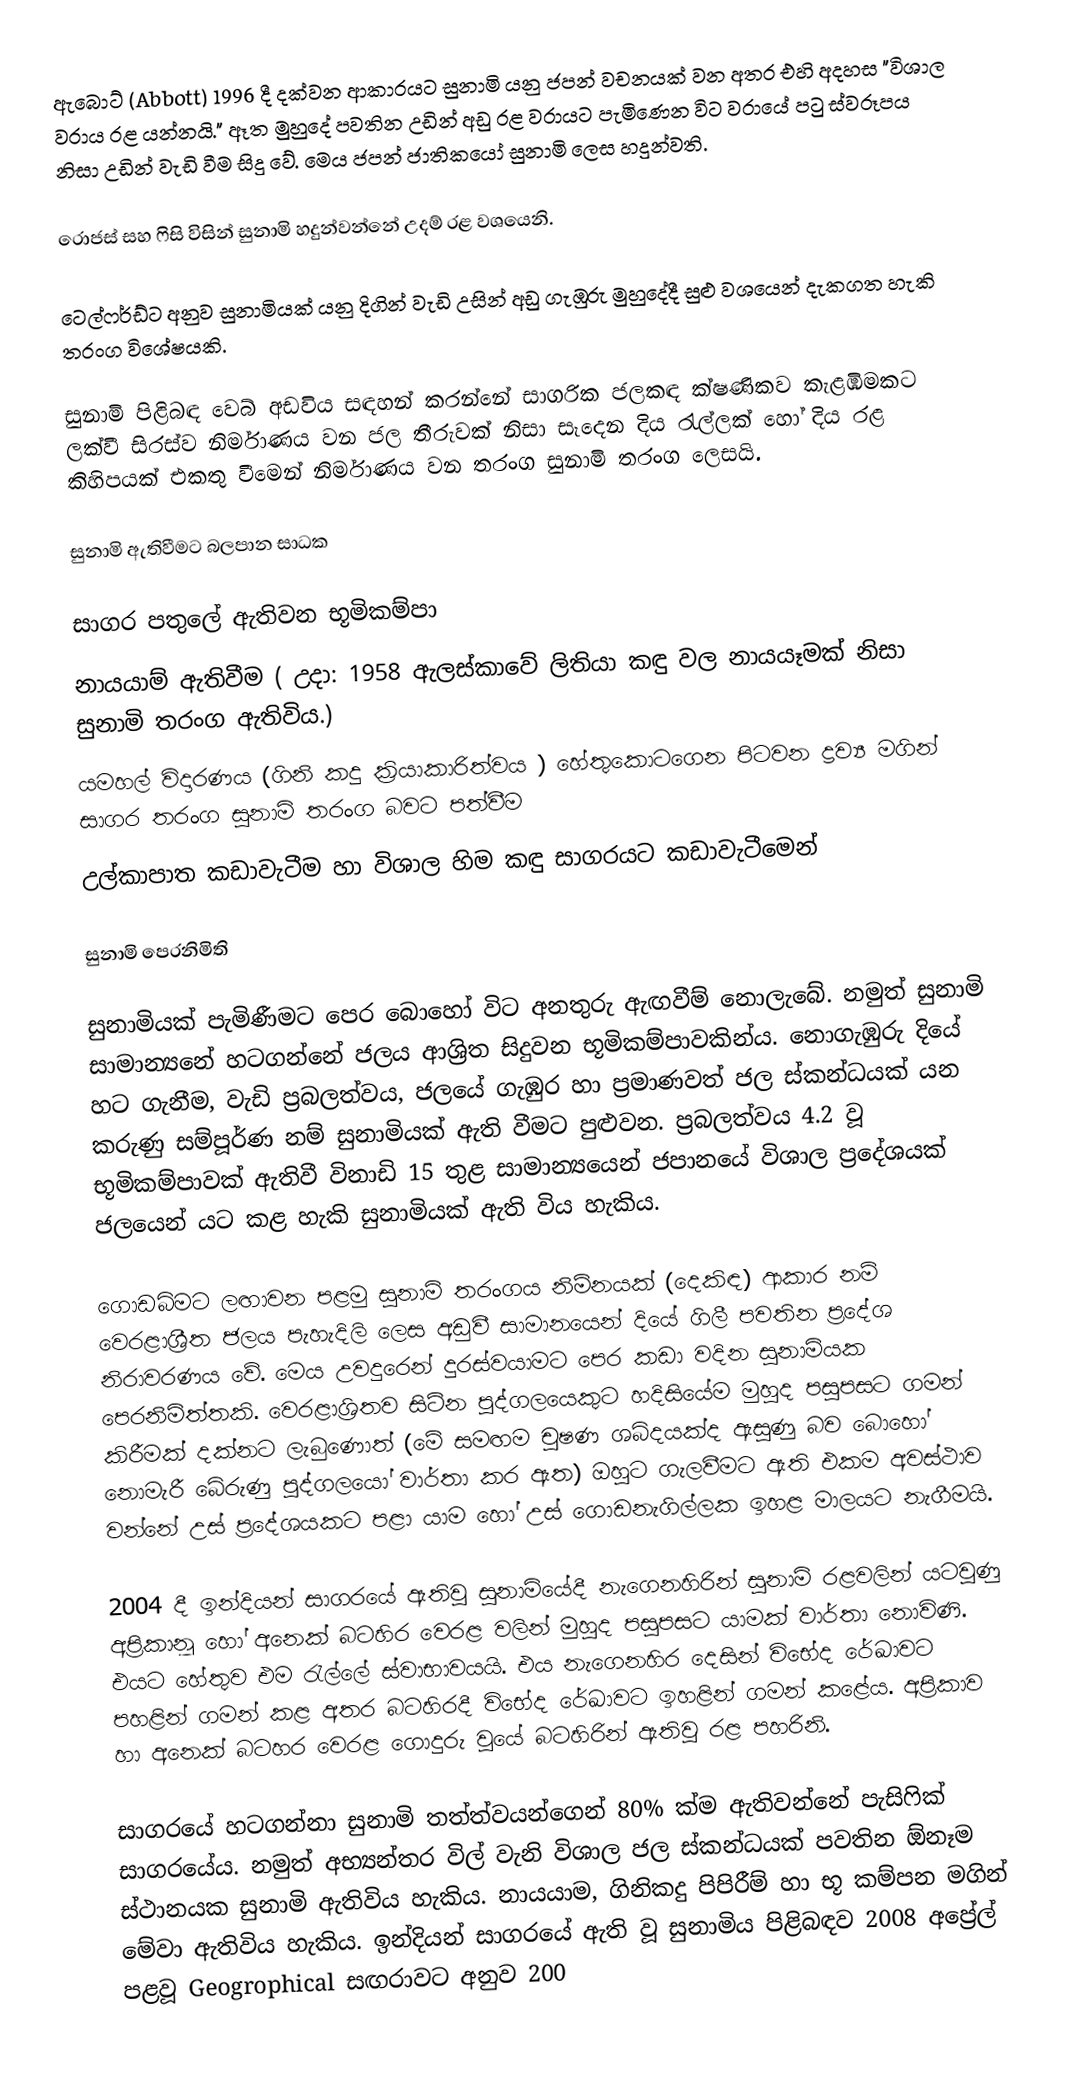
ඇබොට් (Abbott) 1996 දී දක්වන ආකාරයට සුනාමි යනු ජපන් වචනයක් වන අතර එහි අදහස "විශාල වරාය රළ යන්නයි." ඈත මුහුදේ පවතින උඩින් අඩු රළ වරායට පැමි‍ණෙන විට වරායේ පටු ස්වරූපය නිසා උඩින් වැඩි වීම සිදු වේ. මෙය ජපන් ජාතිකයෝ සුනාමි ලෙස හදුන්වති.

 රොජස් සහ ෆිසි විසින් සුනාමි හදුන්වන්නේ උදම් රළ වශයෙනි.

 ටෙල්ෆර්ඩ්ට අනුව සුනාමියක් යනු දිගින් වැඩි උසින් අඩු ගැඹුරු මුහුදේදී සුළු වශයෙන් දැකගත හැකි තරංග විශේෂයකි.

සුනාමි පිළිබඳ වෙබ් අඩවිය සඳහන් කරන්නේ සාගරික ජලකඳ ක්ෂණිකව කැළඹීමකට ලක්වී සිරස්ව නිර්මාණය වන ජල තීරුවක් නිසා සෑදෙන දිය රැල්ලක් හෝ දිය රළ කිහිපයක් එකතු වීමෙන් නිර්මාණය වන තරංග සුනාමි තරංග ලෙසයි.

සුනාමි ඇතිවීමට බලපාන සාධක

 සාගර පතුලේ ඇතිවන භූමිකම්පා
 නායයාම් ඇතිවීම ( උදා: 1958 ඇලස්කාවේ ලිතියා කඳු වල නායයෑමක් නිසා සුනාමි තරංග ඇතිවිය.)
 යමහල් විදාරණය (ගිනි කදු ක්‍රියාකාරිත්වය ) හේතු‍කොටගෙන පිටවන ද්‍රව්‍ය මගින් සාගර තරංග සුනාමි තරංග බවට පත්වීම
 උල්කාපාත කඩාවැටීම හා විශාල හිම කඳු සාගරයට කඩාවැටීමෙන්

සුනාමි පෙරනිමිති

සුනාමියක් පැමිණීමට පෙර බොහෝ විට අනතුරු ඇඟවීම් නොලැබේ. නමුත් සුනාමි සාමාන්‍යනේ හටගන්නේ ජලය ආශ්‍රිත සිදුවන භූමිකම්පාවකින්ය. නොගැඹුරු දියේ හට ගැනීම, වැඩි ප්‍රබලත්වය, ජලයේ ගැඹුර හා ප්‍රමාණවත් ජල ස්කන්ධයක් යන කරුණු සම්පූර්ණ නම් සුනාමියක් ඇති වීමට පුළුවන. ප්‍රබලත්වය 4.2 වූ භූමිකම්පාවක් ඇතිවී විනාඩි 15 තුළ සාමාන්‍යයෙන් ජපානයේ විශාල ප්‍රදේශයක් ජලයෙන් යට කළ හැකි සුනාමියක් ඇති විය හැකිය.

ගොඩබිමට ලඟාවන පළමු සුනාමි තරංගය නිම්නයක් (දෙකිඳ) ආකාර නම් වෙරළාශ්‍රීත ජලය පැහැදිලි ලෙස අඩුවී සාමානයෙන් දියේ ගිලී පවතින ප්‍රදේශ නිරාවරණය වේ. මෙය උවදුරෙන් දුරස්වයාමට පෙර කඩා වදින සුනාමියක පෙරනිමිත්තකි. වෙරළාශ්‍රිතව සිටින පුද්ගලයෙකුට හදිසියේම මුහුද පසුපසට ගමන් කිරීමක් දක්නට ලැබුණොත් (මේ සමඟම චූෂණ ශබ්දයක්ද ඇසුණු බව බොහෝ නොමැරී බේරුණු පුද්ගලයෝ වාර්තා කර ඇත) ඔහුට ගැලවීමට ඇති එකම අවස්ථාව වන්නේ උස් ප්‍රදේශයකට පළා යාම හෝ උස් ගොඩනැගිල්ලක ඉහළ මාලයට නැගීමයි.

2004 දී ඉන්දියන් සාගරයේ ඇතිවූ සුනාමියේදී නැගෙනහිරින් සුනාමි රළවලින් යටවුණු අප්‍රිකානූ හෝ අනෙක් බටහිර වෙරළ වලින් මුහුද පසුපසට යාමක් වාර්තා නොවිණි. එයට හේතුව එම රැල්ලේ ස්වාභාවයයි. එය නැගෙනහිර දෙසින් විභේද රේඛාවට පහළින් ගමන් කළ අතර බටහිරදී විභේද රේඛාවට ඉහළින් ගමන් කළේය. අප්‍රිකාව හා අනෙක් බටහර වෙරළ ගොදුරු වූයේ බටහිරින් ඇතිවූ රළ පහරිනි.

සාගරයේ හටගන්නා සුනාමි තත්ත්වයන්ගෙන් 80% ක්ම ඇතිවන්නේ පැසිෆික් සාගරයේය. නමුත් අභ්‍යන්තර විල් වැනි විශාල ජල ස්කන්ධයක් පවතින ඕනෑම ස්ථානයක සුනාමි ඇතිවිය හැකිය. නායයාම, ගිනිකදු පිපිරීම් හා භූ කම්පන මගින් මේවා ඇතිවිය හැකිය. ඉන්දියන් සාගරයේ ඇති වූ සුනාමිය පිළිබඳව 2008 අප්‍රේල් පළවූ Geogrophical සඟරාවට අනුව 200